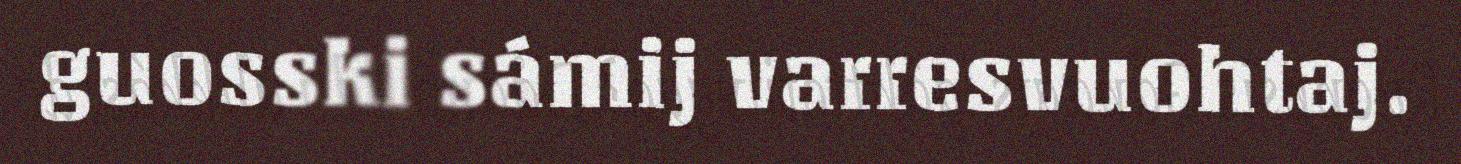
guosski sámij varresvuohtaj.